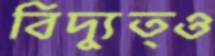
বিদ্যুত্ও